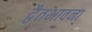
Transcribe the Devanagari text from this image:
द्वैतभावना